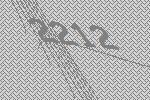
2212